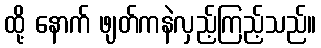
ထို့ နောက် ဖျတ်ကနဲလှည့်ကြည့်သည်။